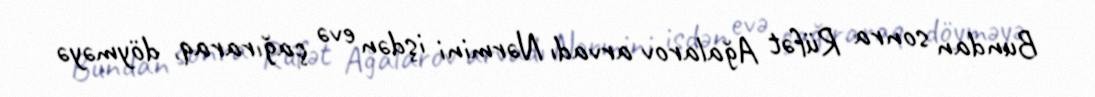
Bundan sonra Rüfət Ağalarov arvadı Nərmini işdən evə çağıraraq, döyməyə